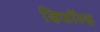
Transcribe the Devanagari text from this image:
डिफॉल्ड